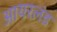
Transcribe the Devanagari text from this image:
आयरलंड